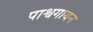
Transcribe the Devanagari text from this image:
पाश्वगायन